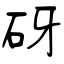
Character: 砑